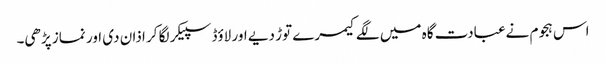
اس ہجوم نےعبادت گاہ میں لگے کیمرے توڑ دیے اور لاؤڈ سپیکر لگا کر اذان دی اور نماز پڑھی۔